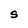
Character: S